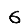
Digit: 6